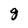
Character: g